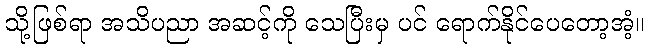
သို့ဖြစ်ရာ အသိပညာ အဆင့်ကို သေပြီးမှ ပင် ရောက်နိုင်ပေတော့အံ့။